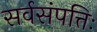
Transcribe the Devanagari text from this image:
सर्वसंपत्तिः